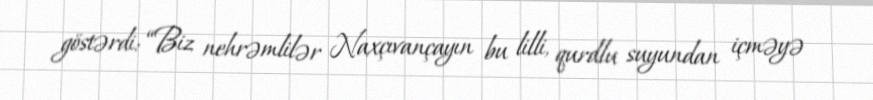
göstərdi: “Biz nehrəmlilər Naxçıvançayın bu lilli, qurdlu suyundan içməyə